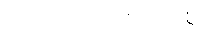
ကြည်လင်ပြတ်သားစွာ